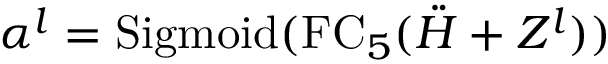
\alpha ^ { l } = \mathrm { S i g m o i d } ( \mathrm { F C } _ { 5 } ( \ddot { H } + Z ^ { l } ) )